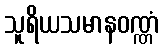
သူရိယသမာနဝဏ္ဏံ